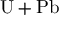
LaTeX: \mathrm { U } + \mathrm { P b }